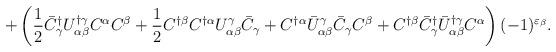
LaTeX: \begin{align*}+\left(\frac{1}{2}\bar{C}^\dagger_\gamma U^{\dagger\gamma}_{\alpha\beta}C^\alpha C^\beta+\frac{1}{2}C^{\dagger\beta}C^{\dagger\alpha}U^\gamma_{\alpha\beta}\bar{C}_\gamma+C^{\dagger\alpha}\bar{U}^\gamma_{\alpha\beta}\bar{C}_\gamma C^\beta+C^{\dagger\beta}\bar{C}^\dagger_\gamma\bar{U}^{\dagger\gamma}_{\alpha\beta}C^\alpha\right)(-1)^{\varepsilon_\beta}.\end{align*}